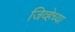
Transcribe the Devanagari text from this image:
जिव्हेच्या